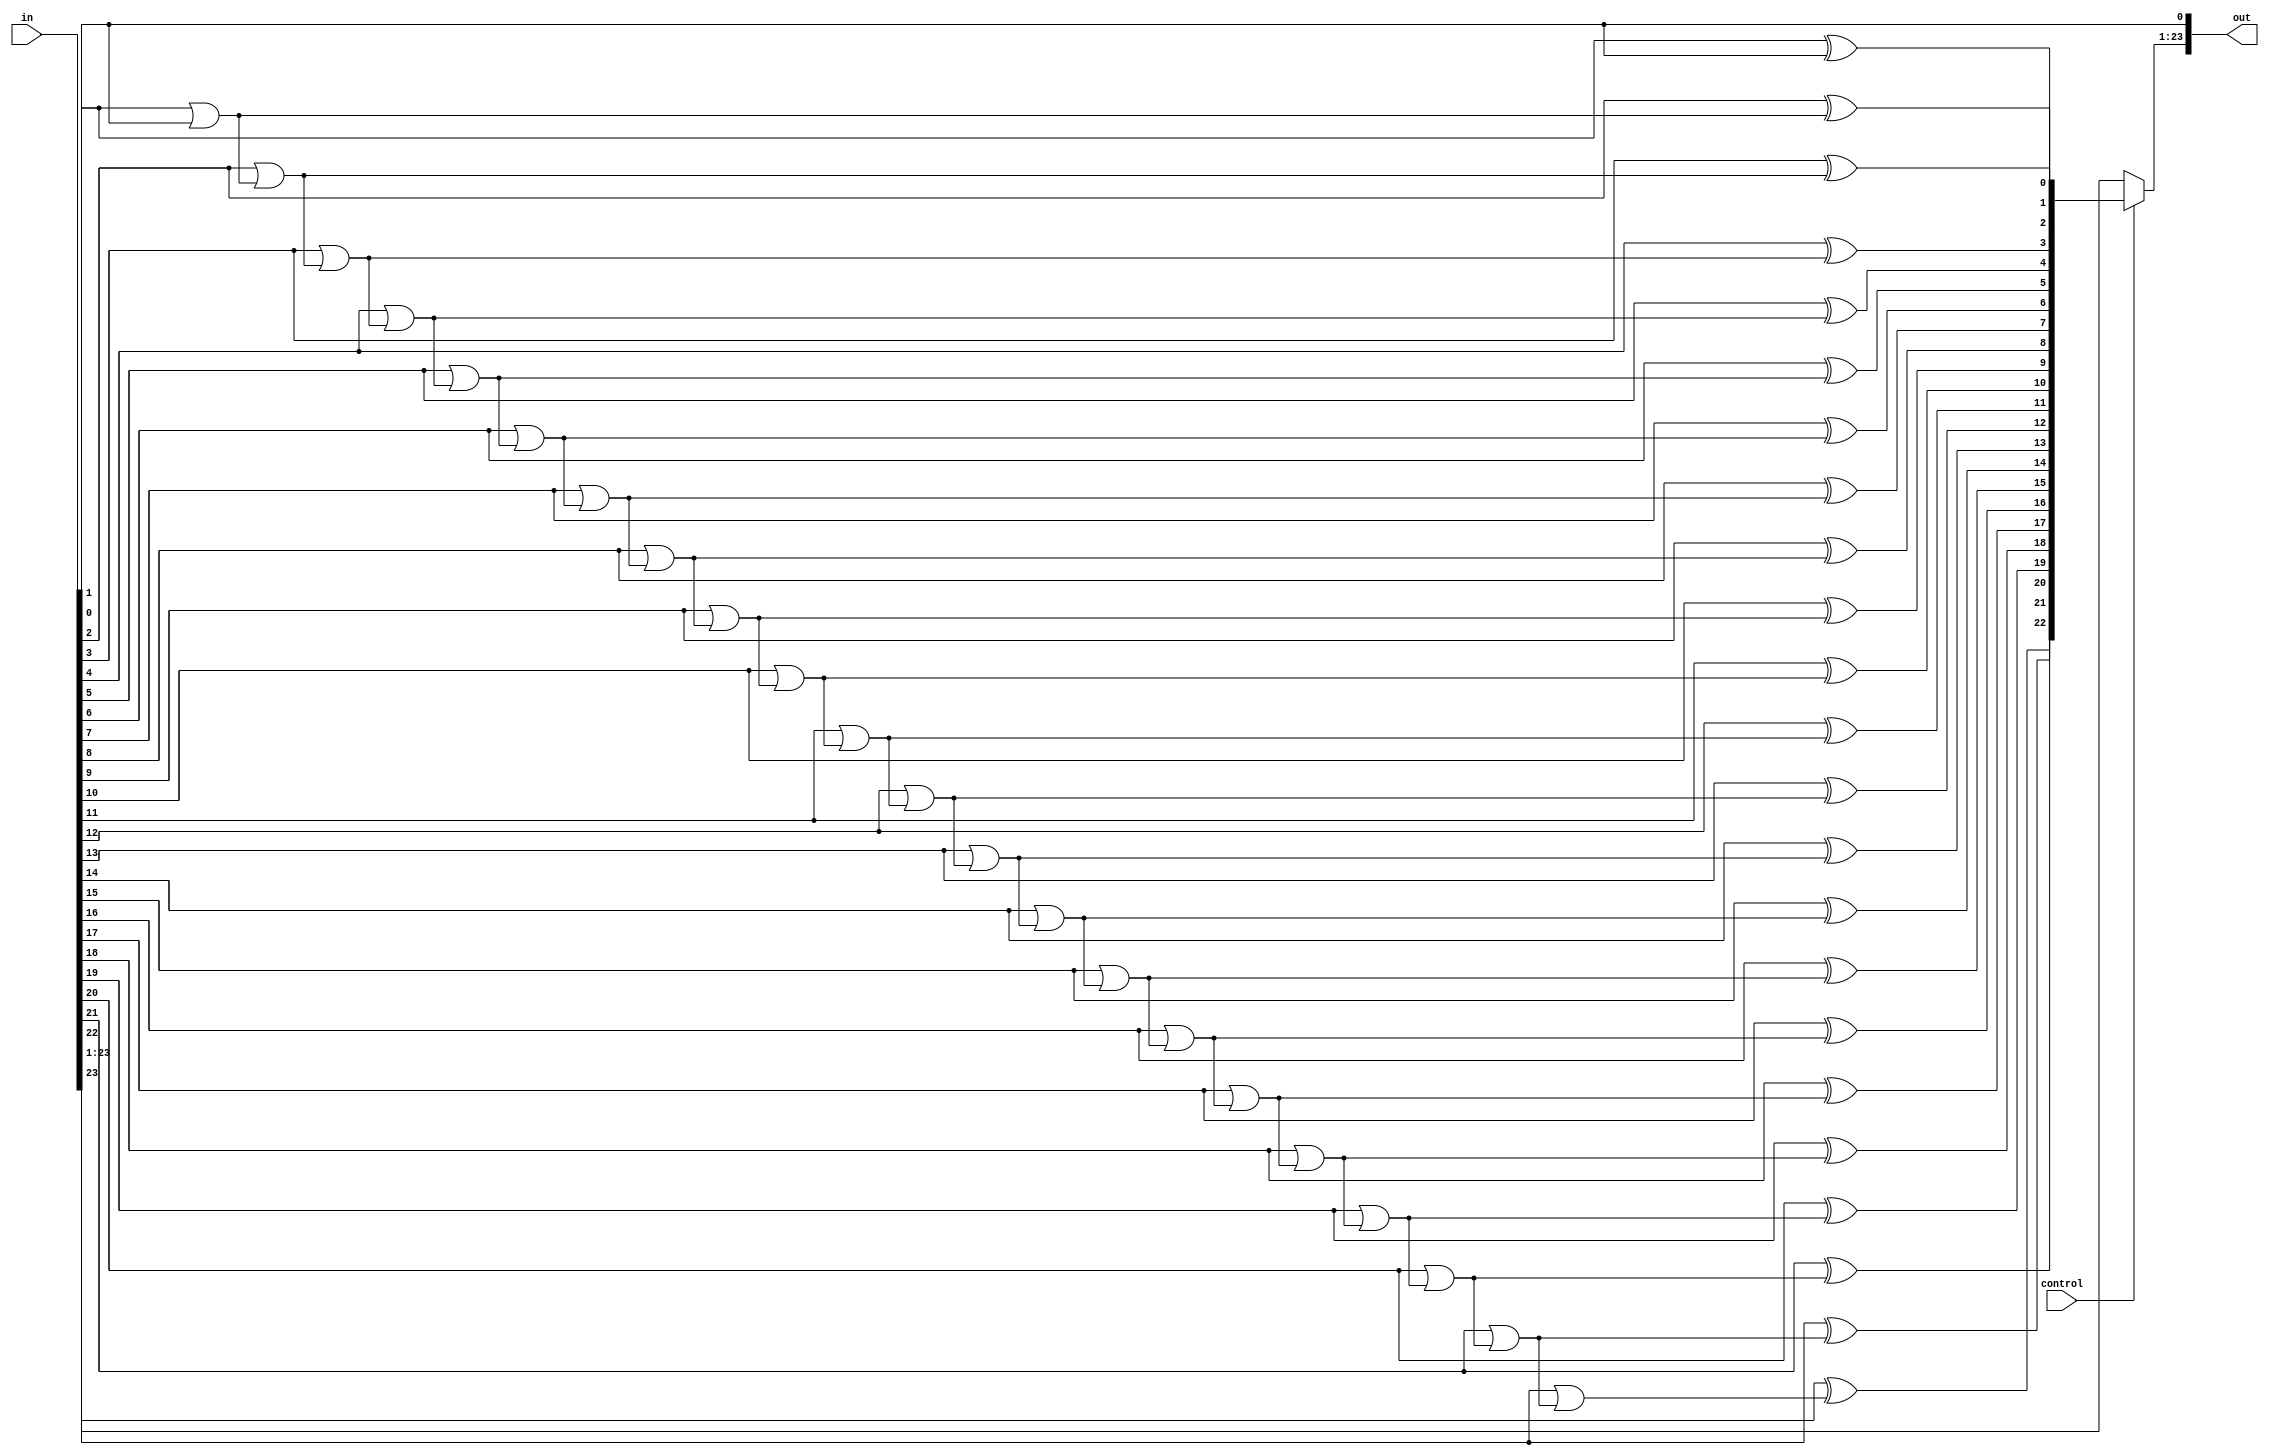
module cordic_floatingpoint_addsub_Complement_2s (
	//	Inputs
	input	[23:0]	in,
	input			control,
	
	//	Output
	output	[23:0]	out
);

/*****************************************************************************
 *                 Internal Wires and Registers Declarations                 *
 *****************************************************************************/
 
wire	[22:0]	comp;
wire	[21:0]	C;

/*****************************************************************************
 *                         2's complement circuit                            *
 *****************************************************************************/
 
assign comp[0] = in[1] ^ in[0];
assign C[0] = in[1] | in[0];

assign comp[1] = in[2] ^ C[0];
assign C[1] = in[2] | C[0];

assign comp[2] = in[3] ^ C[1];
assign C[2] = in[3] | C[1];

assign comp[3] = in[4] ^ C[2];
assign C[3] = in[4] | C[2];

assign comp[4] = in[5] ^ C[3];
assign C[4] = in[5] | C[3];

assign comp[5] = in[6] ^ C[4];
assign C[5] = in[6] | C[4];

assign comp[6] = in[7] ^ C[5];
assign C[6] = in[7] | C[5];

assign comp[7] = in[8] ^ C[6];
assign C[7] = in[8] | C[6];

assign comp[8] = in[9] ^ C[7];
assign C[8] = in[9] | C[7];

assign comp[9] = in[10] ^ C[8];
assign C[9] = in[10] | C[8];

assign comp[10] = in[11] ^ C[9];
assign C[10] = in[11] | C[9];

assign comp[11] = in[12] ^ C[10];
assign C[11] = in[12] | C[10];

assign comp[12] = in[13] ^ C[11];
assign C[12] = in[13] | C[11];

assign comp[13] = in[14] ^ C[12];
assign C[13] = in[14] | C[12];

assign comp[14] = in[15] ^ C[13];
assign C[14] = in[15] | C[13];

assign comp[15] = in[16] ^ C[14];
assign C[15] = in[16] | C[14];

assign comp[16] = in[17] ^ C[15];
assign C[16] = in[17] | C[15];

assign comp[17] = in[18] ^ C[16];
assign C[17] = in[18] | C[16];

assign comp[18] = in[19] ^ C[17];
assign C[18] = in[19] | C[17];

assign comp[19] = in[20] ^ C[18];
assign C[19] = in[20] | C[18];

assign comp[20] = in[21] ^ C[19];
assign C[20] = in[21] | C[19];

assign comp[21] = in[22] ^ C[20];
assign C[21] = in[22] | C[20];

assign comp[22] = in[23] ^ C[21];

/*****************************************************************************
 *                              Output Signal                                *
 *****************************************************************************/

assign out[0] = in[0];
assign out[23:1] = (control) ? comp : in[23:1];

endmodule